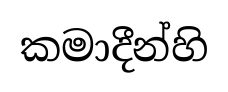
කමාදීන්හි